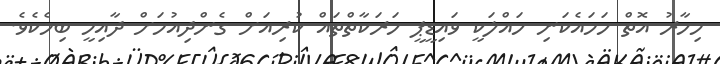
މިހާރު އޮތް ހަމައެކަނި ހައްލަކީ ވައިޑީޕީ ހަރަކާތްތައް ކުރިއަށް ގެންދިއުމަށް ދާއިމީ ބިމެކެވެ.